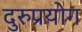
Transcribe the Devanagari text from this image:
दुरुप्रयोग